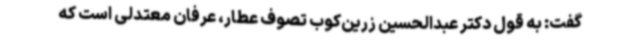
گفت: به قول دکتر عبدالحسین زرین‌کوب تصوف عطار، عرفان معتدلی است که